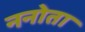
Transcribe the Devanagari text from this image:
ननोता